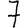
Digit: 7